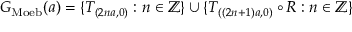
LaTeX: G _ { \mathrm { M o e b } } ( a ) = \{ T _ { ( 2 n a , 0 ) } : n \in \mathbb { Z } \} \cup \{ T _ { ( ( 2 n + 1 ) a , 0 ) } \circ R : n \in \mathbb { Z } \}